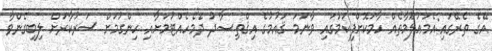
އޭގެ ތެރޭގައި:އެމަޢުލޫމާތެއް ހާމަކޮށްފިކަމުގައި ވާނަމަ ޤައުމުގެ އިޤްތިޞާދު ދެމެހެއްޓުމަށާއި ހިންގުމަށް ސަރުކާރަށް ލިބިގެންވާ